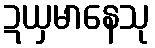
ဍယှမာနေသု